Dysentery and liver abscess in Bombay - Number 47
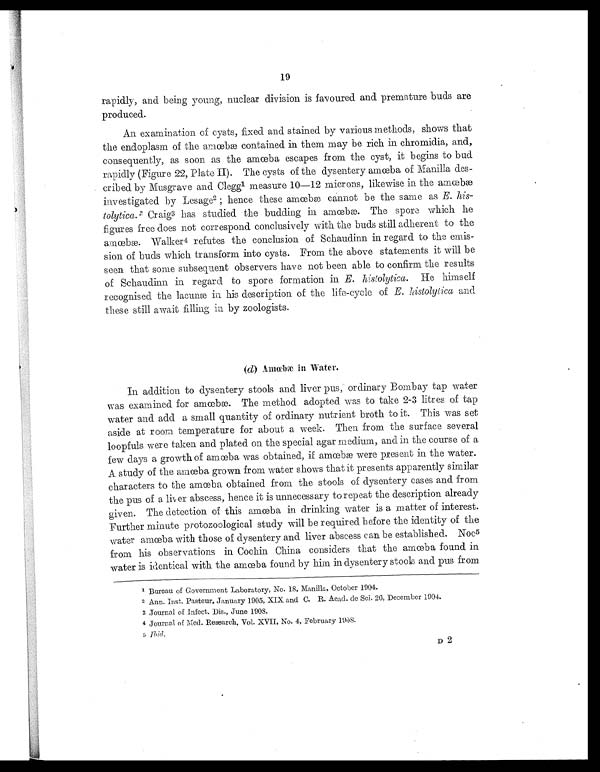
19
rapidly, and being young, nuclear division is favoured and premature buds are
produced.
An examination of cysts, fixed and stained by various methods, shows that
the endoplasm of the amœbæ contained in them may be rich in chromidia, and,
consequently, as soon as the amœba escapes from the cyst, it begins to bud
rapidly (Figure 22, Plate II). The cysts of the dysentery amœba of Manilla des-
cribed by Musgrave and Clegg' measure 10—12 microns, likewise in the amœbæ
investigated by Lesage2 hence these amœbæ cannot be the same as E. his-
tolytica. Craig3 has studied the budding in amœbæ. The spore which he
figures free does not correspond conclusively with the buds still adherent to the
amœbæ. Walker 4 refutes the conclusion of Schaudinn in regard to the emis-
sion of buds which transform into cysts. From the above statements it will be
seen that some subsequent observers have not been able to confirm the results
of Schaudinn in regard to spore formation in E. histolytica. He himself
recognised the lacunæ in his description of the life-cycle of E. histolytica and
these still await filling in by zoologists.
(d )Amœbæ in Water.
In addition to dysentery stools and liver pus, ordinary Bombay tap water
was examined for amœbæ. The method adopted was to take 2-3 litres of tap
water and add a small quantity of ordinary nutrient broth to it. This was set
aside at room temperature for about a week. Then from the surface several
loopfuls were taken and plated on the special agar medium, and in the course of a
few days a growth of amœba was obtained, if amœbæ were present in the water.
A study of the amœba grown from water shows that it presents apparently similar
characters to the amœba obtained from the stools of dysentery cases and from
the pus of a liver abscess, hence it is unnecessary to repeat the description already
given. The detection of this amœba in drinking water is a matter of interest.
Further minute protozoological study will be required before the identity of the
water amœba with those of dysentery and liver abscess can be established. Noc5
from his observations in Cochin China considers that the amœba found in
water is identical with the amœba found by him in dysentery stools and pus from.
1 Bureau of Government Laboratory, No. 18, Manilla, October 1904.
2 Ann. Inst. Pasteur, January 1905, XIX and C. R. Acad. de Sci. 26, December 1904.
3 Journal of Infect. Dis., June 1908.
4 Journal of Med. Research, Vol. XVII, No. 4, February 1908.
5 Ibid.
D 2